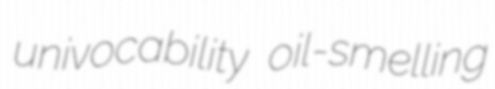
univocability oil-smelling